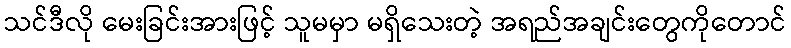
သင်ဒီလို မေးခြင်းအားဖြင့် သူမမှာ မရှိသေးတဲ့ အရည်အချင်းတွေကိုတောင်